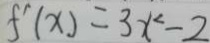
f ^ { \prime } ( x ) = 3 x ^ { 2 } - 2